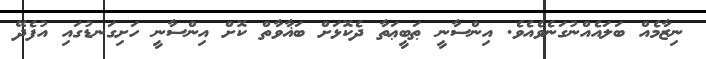
ނިޒާމެއް ބަލައެއްނުގަނެވެއެވެ. އިންސާނީ ޠަބީޢަތާ ދެކޮޅަށް ބަޣާވާތް ކޮށް އިންސާނީ ހަށިގަނޑުގައި އުފެދޭ